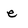
Character: e